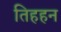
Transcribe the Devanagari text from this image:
तिहहन